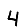
Digit: 4